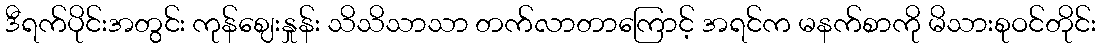
ဒီရက်ပိုင်းအတွင်း ကုန်ဈေးနှုန်း သိသိသာသာ တက်လာတာကြောင့် အရင်က မနက်စာကို မိသားစုဝင်တိုင်း